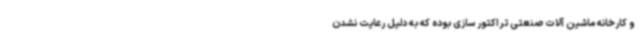
و کارخانه ماشین آلات صنعتی تراکتور سازی بوده که به دلیل رعایت نشدن